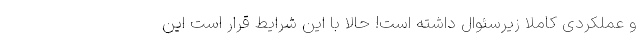
و عملکردی کاملا زیرسئوال داشته است! حالا با این شرایط قرار است این